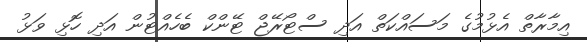
އިމާރާތް އެޅުމުގެ މަސައްކަތް އަދި ސްޓޯރޭޖް ޓޭންކް ބެހެއްޓުން އަދި ހޮޅި ވަޅު